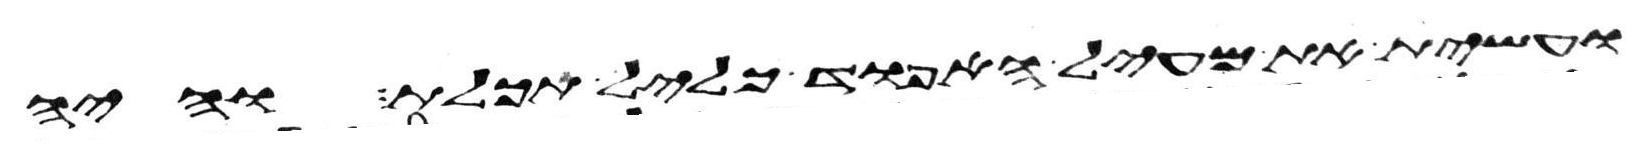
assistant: ועשית את מעיל האפוד כליל תכלת והיה